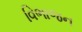
વિભાજન